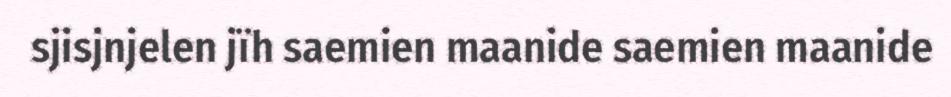
sjisjnjelen jïh saemien maanide saemien maanide